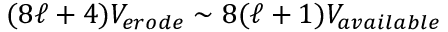
( 8 \ell + 4 ) V _ { e r o d e } \sim 8 ( \ell + 1 ) V _ { a v a i l a b l e }